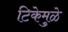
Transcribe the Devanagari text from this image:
टिकेमुळे